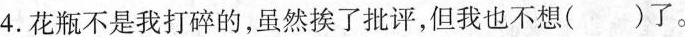
4.花瓶不是我打碎的，虽然挨了批评，但我也不想()了。